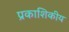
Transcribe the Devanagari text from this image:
प्रकाशिकीय